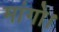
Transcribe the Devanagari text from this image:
मांगो।